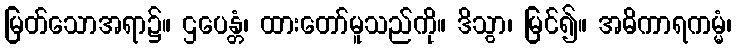
မြတ်သောအရာ၌။ ဌပေန္တံ၊ ထားတော်မူသည်ကို။ ဒိသွာ၊ မြင်၍။ အဓိကာရကမ္မံ၊